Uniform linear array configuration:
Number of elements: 8
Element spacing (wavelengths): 0.5
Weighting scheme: blackman
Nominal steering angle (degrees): -45
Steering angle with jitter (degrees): -43.441
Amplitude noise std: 0.05
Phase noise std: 0.05

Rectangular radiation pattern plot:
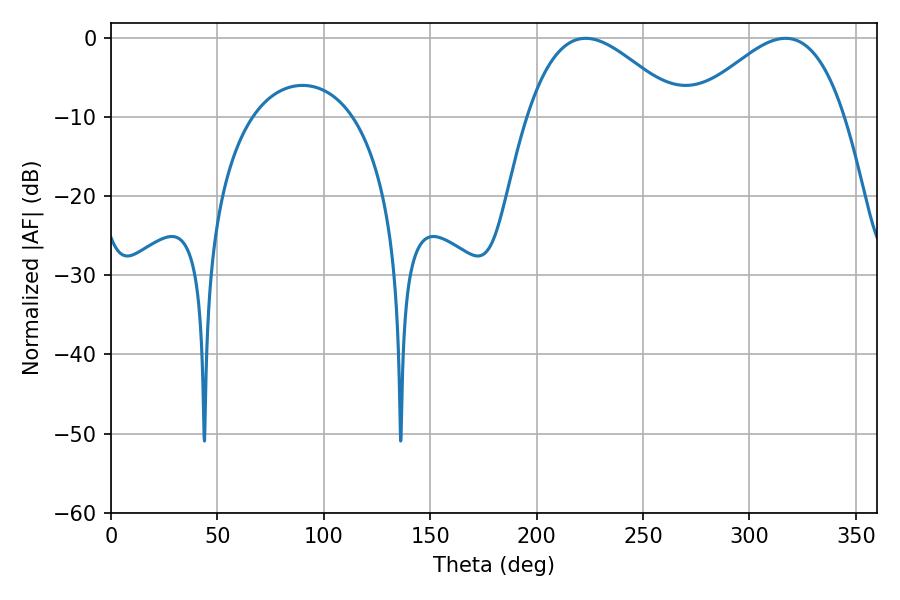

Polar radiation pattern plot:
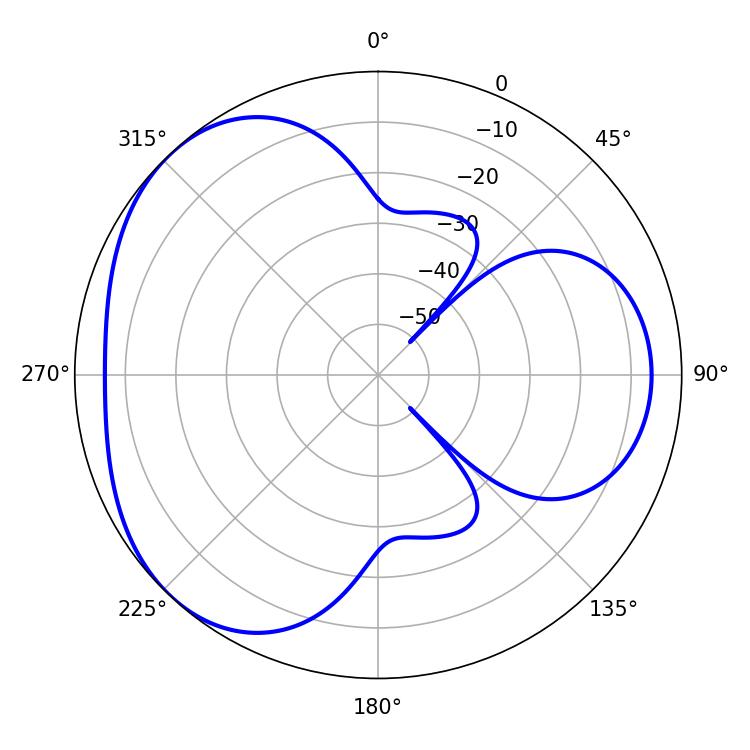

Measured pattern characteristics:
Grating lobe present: FALSE
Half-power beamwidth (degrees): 38.88
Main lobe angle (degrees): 316.98